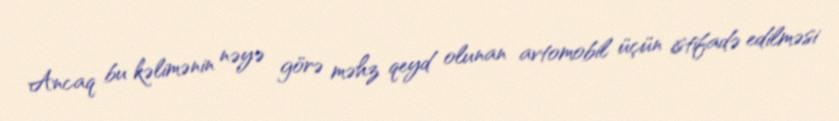
Ancaq bu kəlimənin nəyə görə məhz qeyd olunan avtomobil üçün istifadə edilməsi